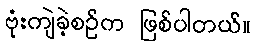
ဗုံးကျဲခဲ့စဉ်က ဖြစ်ပါတယ်။